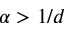
\alpha > 1 / d